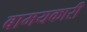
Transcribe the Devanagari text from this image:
बामयकारी